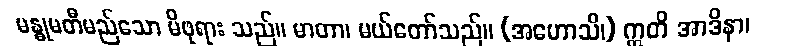
မန္ဓုမတီမည်သော မိဖုရား သည်။ မာတာ၊ မယ်တော်သည်။ (အဟောသိ၊) ဣတိ အာဒိနာ၊